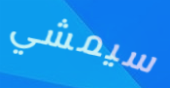
سيمشي